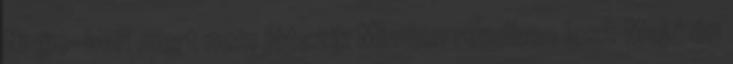
Ninjie-ben mert nem játszik Minden rendben lesz Majd én